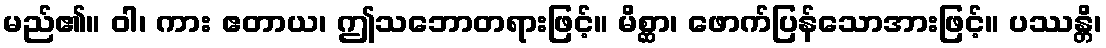
မည်၏။ ဝါ၊ ကား ဧတာယ၊ ဤသဘောတရားဖြင့်။ မိစ္ဆာ၊ ဖောက်ပြန်သောအားဖြင့်။ ပဿန္တိ၊